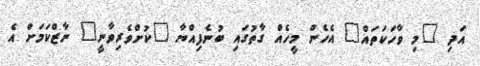
އަދި "މި ވާހަކަތައް" އެހެން މީހެއް ގާތުގައި ބުނެފިއްޔާ "ކުށްވެރިވާނީ" ނާޒްކަމަށް އެ